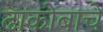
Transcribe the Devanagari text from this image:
ढाकोबाचे